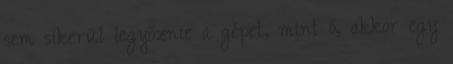
sem sikerül legyőznie a gépet, mint ő, akkor egy